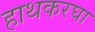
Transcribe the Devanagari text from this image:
हाथकरघा